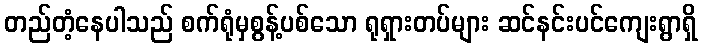
တည်တံ့နေပါသည် စက်ရုံမှစွန့်ပစ်သော ရုရှားတပ်များ ဆင်နင်းပင်ကျေးရွာရှိ